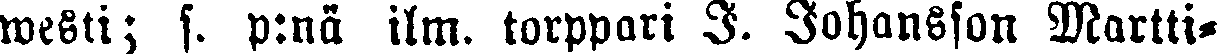
westi; s. p:nä ilm. torppari J. Johansson Martti-